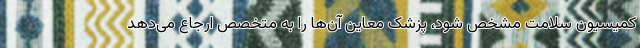
کمیسیون سلامت مشخص شود، پزشک معاین آن‌ها را به متخصص ارجاع می‌دهد